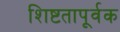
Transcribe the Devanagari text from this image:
शिष्टतापूर्वक